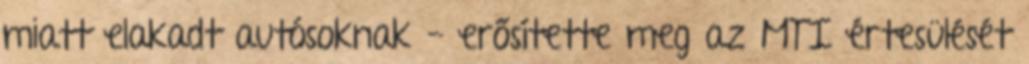
miatt elakadt autósoknak - erősítette meg az MTI értesülését